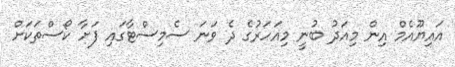
އައިޔޫއެމް އިން މިއަދު ބުނީ މިއަހަރުގެ ދެ ވަނަ ސެމިސްޓާގައި ފަށާ ކޯސްތަކަށް